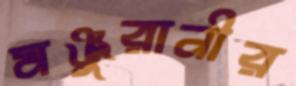
মঞ্জুরানীর